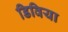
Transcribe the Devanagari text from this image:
डिविया